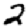
Digit: 2